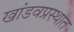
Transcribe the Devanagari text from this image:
खांडवप्रस्थात